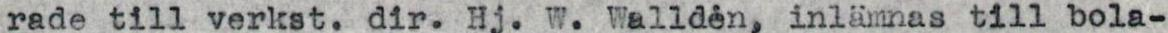
rade till verkst. dir. Hj. W. Walldén, inlämnas till bola-